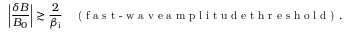
\left| \frac { \delta B } { B _ { 0 } } \right| \gtrsim \frac { 2 } { \beta _ { \mathrm { i } } } \quad \textrm { ( f a s t - w a v e a m p l i t u d e t h r e s h o l d ) } .